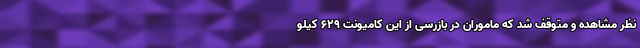
نظر مشاهده و متوقف شد که ماموران در بازرسی از این کامیونت ۶۲۹ کیلو